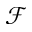
\mathcal { F }